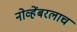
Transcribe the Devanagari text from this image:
नोव्हेंबरलाच